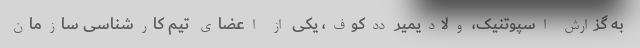
به گزارش اسپوتنیک، ولادیمیر ددکوف، یکی از اعضای تیم کارشناسی سازمان